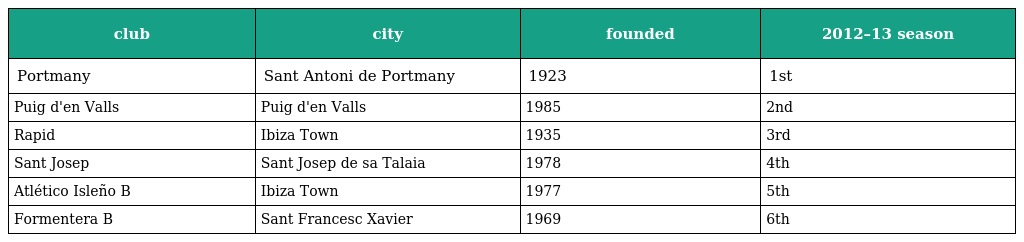
| club | city | founded | 2012–13 season |
 | --- | --- | --- | --- |
 | Portmany | Sant Antoni de Portmany | 1923 | 1st |
 | Puig d'en Valls | Puig d'en Valls | 1985 | 2nd |
 | Rapid | Ibiza Town | 1935 | 3rd |
 | Sant Josep | Sant Josep de sa Talaia | 1978 | 4th |
 | Atlético Isleño B | Ibiza Town | 1977 | 5th |
 | Formentera B | Sant Francesc Xavier | 1969 | 6th |